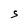
Character: S